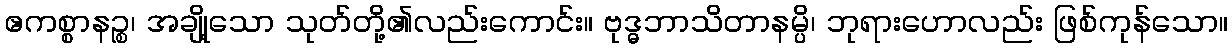
ဧကစ္စာနဉ္စ၊ အချို့သော သုတ်တို့၏လည်းကောင်း။ ဗုဒ္ဓဘာသိတာနမ္ပိ၊ ဘုရားဟောလည်း ဖြစ်ကုန်သော။